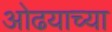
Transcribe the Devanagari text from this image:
ओढयाच्या